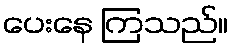
ပေးနေ ကြသည်။